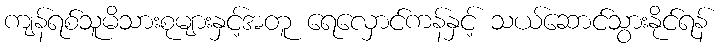
ကျန်ရစ်သူမိသားစုများနှင့်အတူ ရေလှောင်ကန်နှင့် သယ်ဆောင်သွားနိုင်ရန်